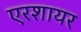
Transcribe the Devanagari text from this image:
एरशायर